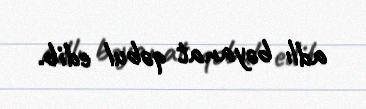
adlı bəyanat qəbul edib.